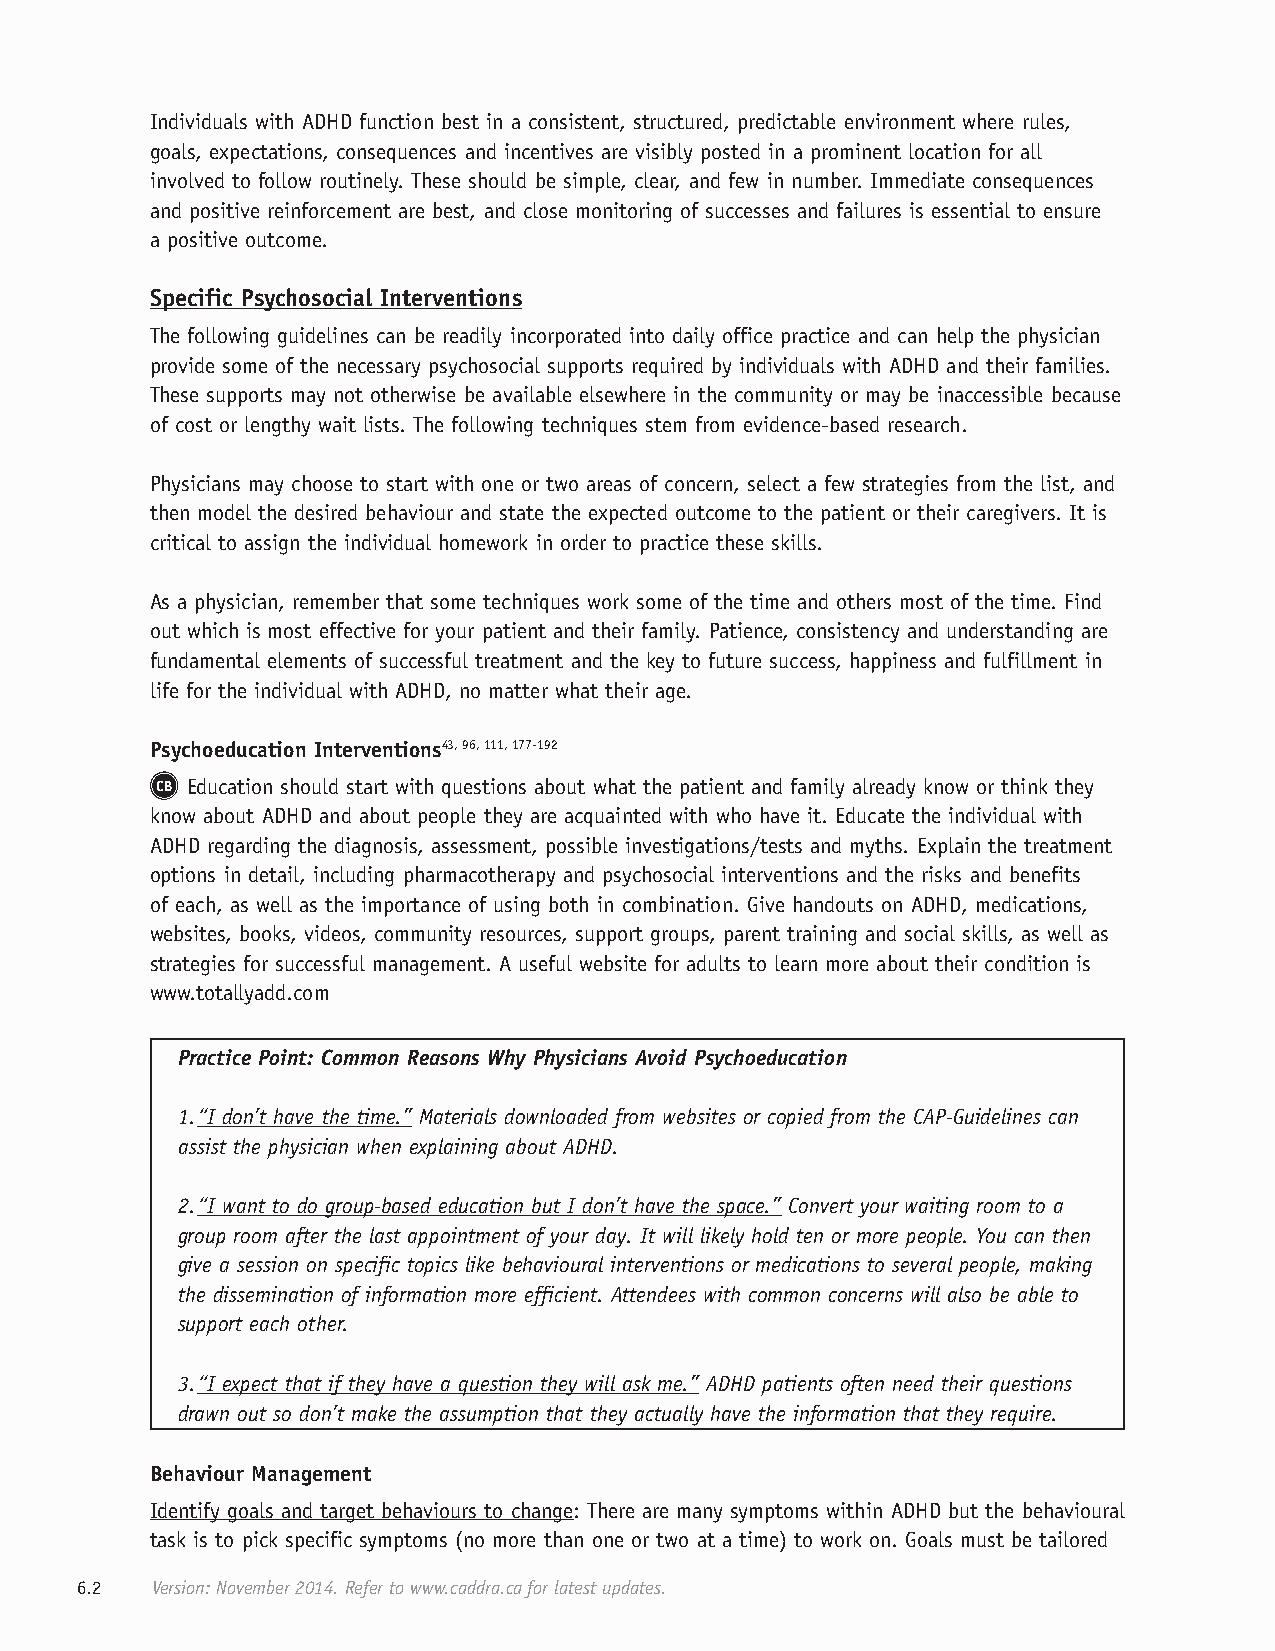
Individuals with ADHD function best in a consistent, structured, predictable environment where rules,
 goals, expectations, consequences and incentives are visibly posted in a prominent location for all
 involved to follow routinely. These should be simple, clear, and few in number. Immediate consequences
 and positive reinforcement are best, and close monitoring of successes and failures is essential to ensure
 a positive outcome.
 Specific Psychosocial Interventions
 The following guidelines can be readily incorporated into daily office practice and can help the physician
 provide some of the necessary psychosocial supports required by individuals with ADHD and their families.
 These supports may not otherwise be available elsewhere in the community or may be inaccessible because
 of cost or lengthy wait lists. The following techniques stem from evidence-based research.
 Physicians may choose to start with one or two areas of concern, select a few strategies from the list, and
 then model the desired behaviour and state the expected outcome to the patient or their caregivers. It is
 critical to assign the individual homework in order to practice these skills.
 As a physician, remember that some techniques work some of the time and others most of the time. Find
 out which is most effective for your patient and their family. Patience, consistency and understanding are
 fundamental elements of successful treatment and the key to future success, happiness and fulfillment in
 life for the individual with ADHD, no matter what their age.
 Psychoeducation Interventions43, 96, 111, 177-192
 CB Education should start with questions about what the patient and family already know or think they
 know about ADHD and about people they are acquainted with who have it. Educate the individual with
 ADHD regarding the diagnosis, assessment, possible investigations/tests and myths. Explain the treatment
 options in detail, including pharmacotherapy and psychosocial interventions and the risks and benefits
 of each, as well as the importance of using both in combination. Give handouts on ADHD, medications,
 websites, books, videos, community resources, support groups, parent training and social skills, as well as
 strategies for successful management. A useful website for adults to learn more about their condition is
 www.totallyadd.com
 Practice Point: Common Reasons Why Physicians Avoid Psychoeducation
 1. “I don’t have the time.” Materials downloaded from websites or copied from the CAP-Guidelines can
 assist the physician when explaining about ADHD.
 2. “I want to do group-based education but I don’t have the space.” Convert your waiting room to a
 group room after the last appointment of your day. It will likely hold ten or more people. You can then
 give a session on specific topics like behavioural interventions or medications to several people, making
 the dissemination of information more efficient. Attendees with common concerns will also be able to
 support each other.
 3. “I expect that if they have a question they will ask me.” ADHD patients often need their questions
 drawn out so don’t make the assumption that they actually have the information that they require.
 Behaviour Management
 Identify goals and target behaviours to change: There are many symptoms within ADHD but the behavioural
 task is to pick specific symptoms (no more than one or two at a time) to work on. Goals must be tailored
 6.2  Version: November 2014. Refer to www.caddra.ca for latest updates.